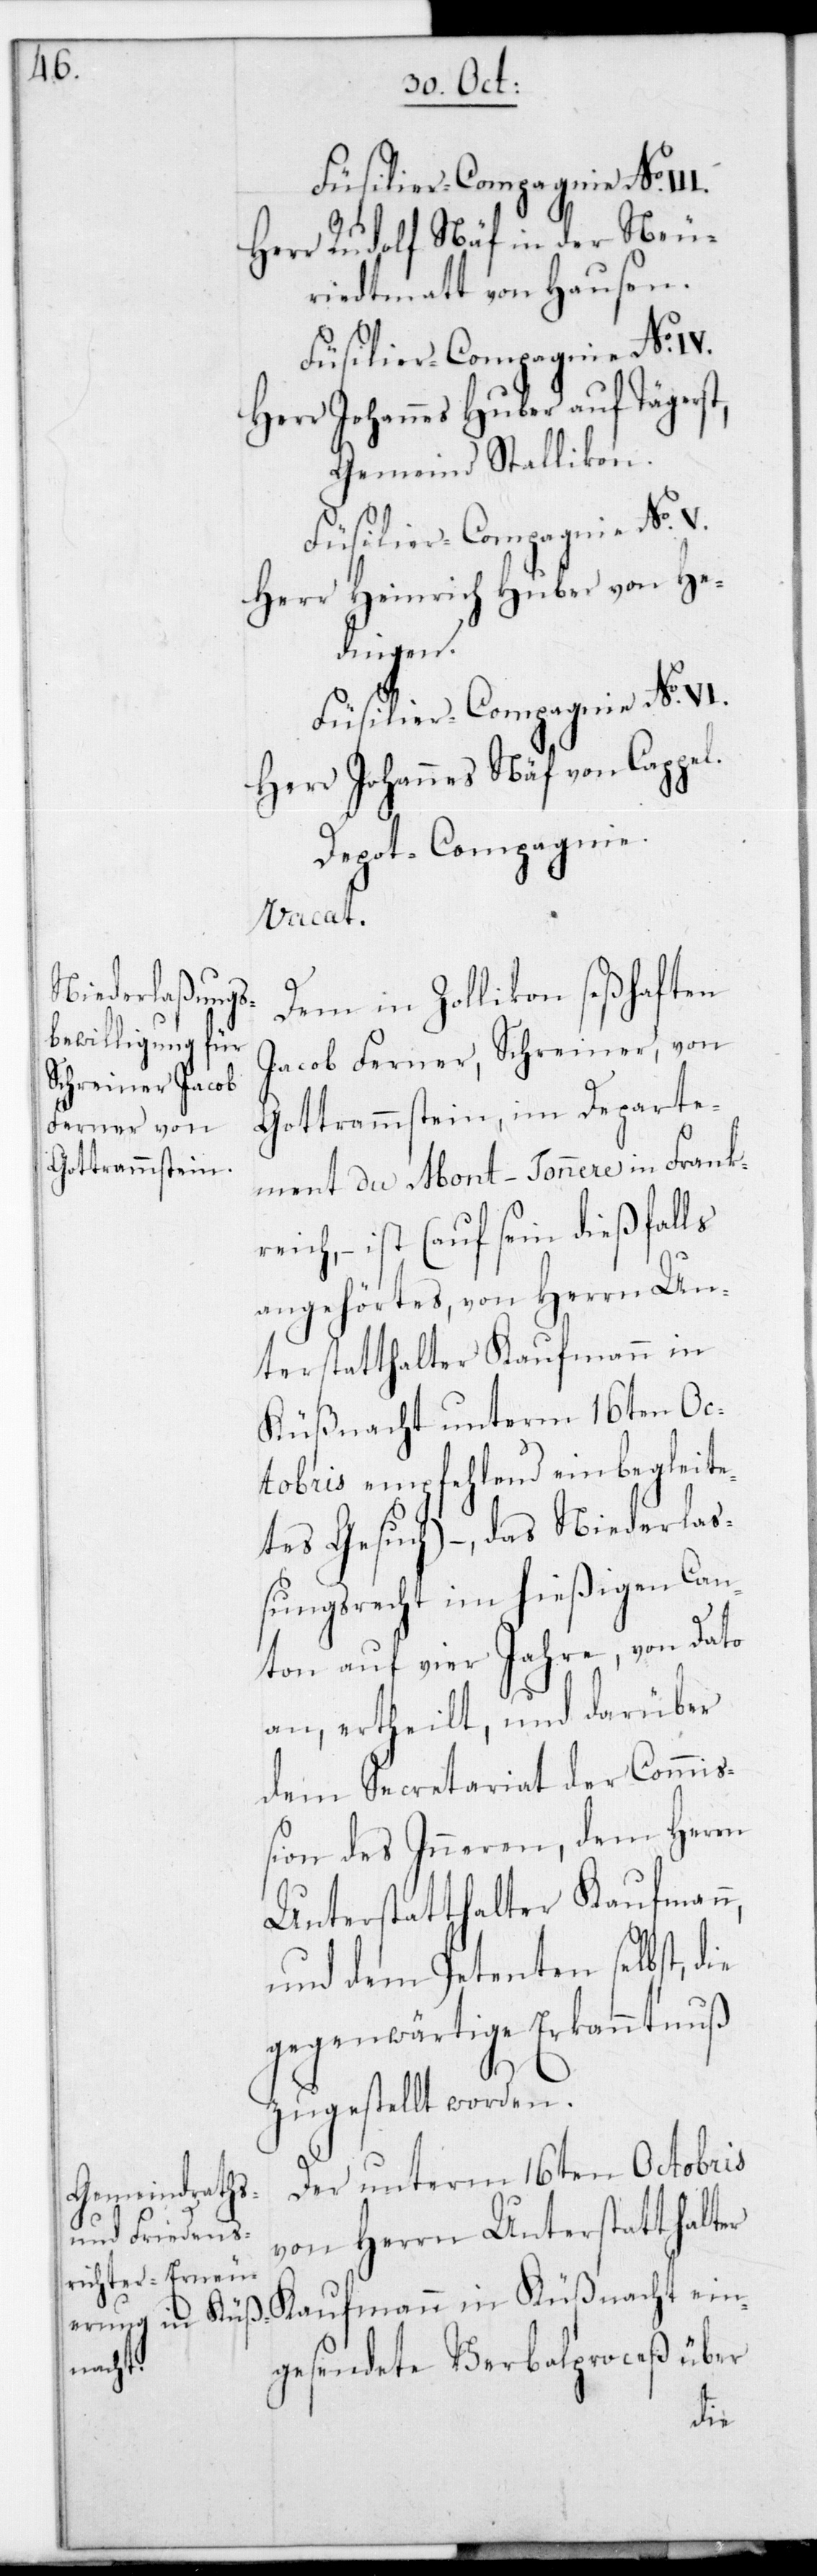
Füsilier-Compagnie No VI.
Herr Rudolf Näf in der Neu¬
riedtmatt von Hausen.
Herr Johannes Huber auf Tägerst,
Gemeind Stallikon.
Herr Heinrich Huber von He¬
dingen.
Herr Johannes Näf von Kappel.
Depot-Compagnie.
vacat.
Dem in Zollikon seßhaften
Jacob Ferner, Schreiner, von
Gottrammstein im Departe¬
ment du Mont-Tonnere in Frank¬
reich, – ist (auf sein dießfalls
angehörtes, von Herrn Un¬
terstatthalter Kaufmann in
Küßacht unterm 16ten Oc¬
tobris empfehlend einbegleite¬
tes Gesuch), – das Niederla¬
ßungsrecht im hießigen Can¬
ton auf vier Jahre von Dato
an ertheilt, und darüber
dem Secretariat der Commi¬
ßion des Inneren, dem Herrn
Unterstatthalter Kaufmann,
und dem Petenten selbst,
gegenwärtige Erkanntnuß
zugestellt worden.
Der unterm 16ten Octobris
von Herrn Unterstatthalter
Kaufmann in Küßnacht ein¬
gesendete Verbalproceß über
die